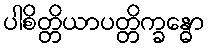
ပါစိတ္တိယာပတ္တိက္ခန္ဓော